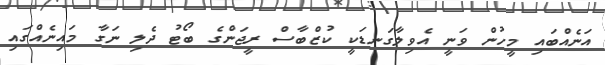
އަނެއްބައި މީހުން ވަނީ އެވިލާގަނޑަކީ ކުޒްބާސް ރީޖަންގެ ބޯޓު ދެލި ނަގާ މައިނެއްގައި